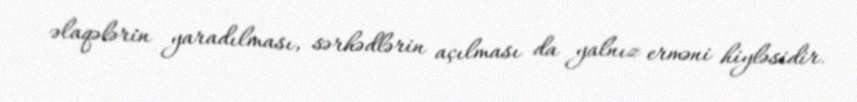
əlaqələrin yaradılması, sərhədlərin açılması da yalnız erməni hiyləsidir.